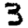
Digit: 3